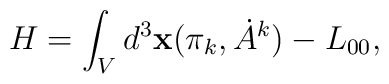
H = \int_{V} d^{3}{\bf x} (\pi_{k}, \dot{A}^{k}) - L_{00},